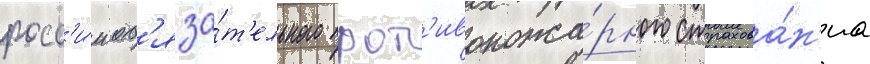
росс'и́и об'яза́т'ельного прот'ивопожа́рного страхова́н'иа